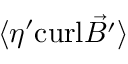
\langle \eta ^ { \prime } \mathrm { c u r l } \vec { B ^ { \prime } } \rangle